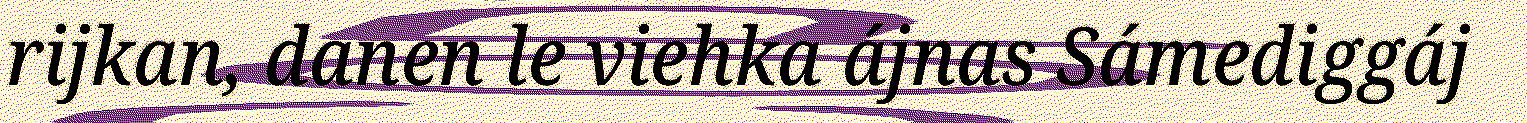
rijkan, danen le viehka ájnas Sámediggáj